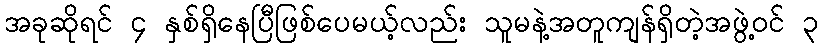
အခုဆိုရင် ၄ နှစ်ရှိနေပြီဖြစ်ပေမယ့်လည်း သူမနဲ့အတူကျန်ရှိတဲ့အဖွဲ့ဝင် ၃